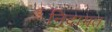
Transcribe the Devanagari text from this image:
निदामत